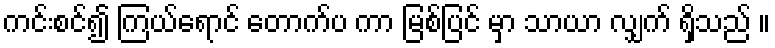
ကင်းစင်၍ ကြယ်ရောင် တောက်ပ ကာ မြစ်ပြင် မှာ သာယာ လျှက် ရှိသည် ။